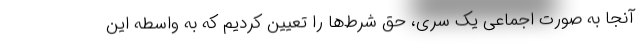
آنجا به صورت اجماعی یک سری، حق شرط‌ها را تعیین کردیم که به واسطه این